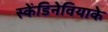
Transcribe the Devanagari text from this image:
स्केंडिनेवियाके